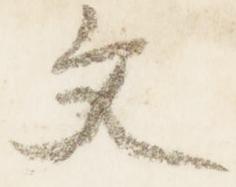
文